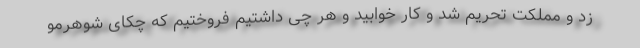
زد و مملکت تحریم شد و کار خوابید و هر چی داشتیم فروختیم که چکای شوهرمو